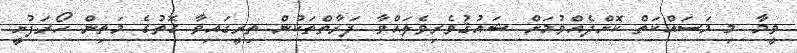
ވީމާ މި މަސައްކަތް ކޮށްދެއްވުމަށް ޝައުޤުވެރިވެލައްވާ ފަރާތްތަކުން ތިރީގައިވާ ގޮތުގެ މަތިން ހޯރަފުށީ